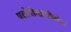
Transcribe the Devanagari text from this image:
फ्लोरोपाइरीफोस